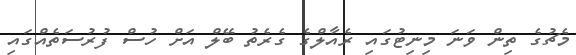
މެޗުގެ ތިން ވަނަ މިނިޓުގައި ރެއާލްގެ ގެރެތު ބޭލް އަށް ހުސް ފުރުސަތެއްގައި